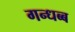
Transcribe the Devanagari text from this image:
गन्धब्ब